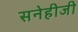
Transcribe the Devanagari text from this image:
सनेहीजी